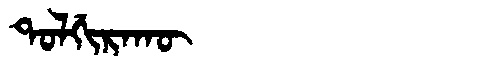
Manchu: ᡨᠣᠯᡤᡳᡵᠠᡴᡡ
Romanization: TOLGIRAKŪ